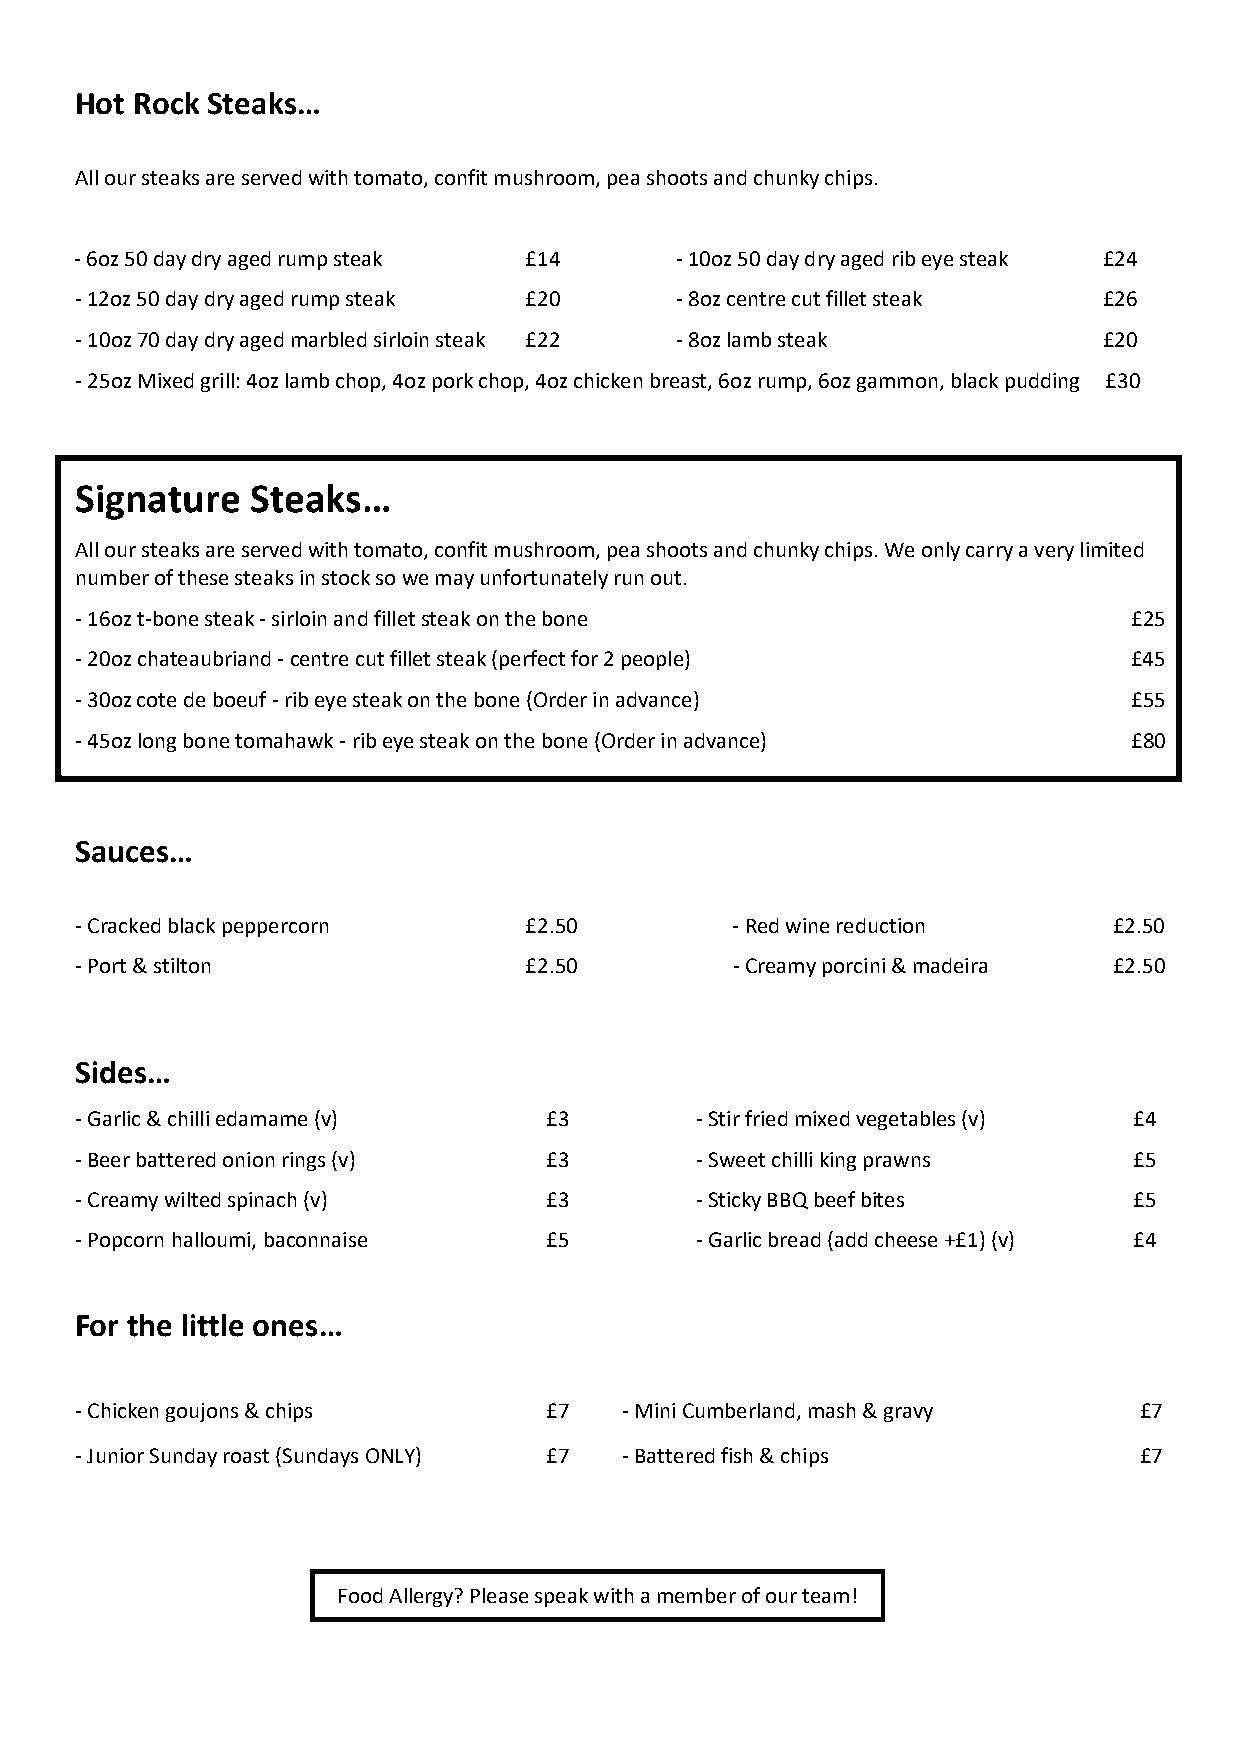
Hot Rock Steaks…
 All our steaks are served with tomato, confit mushroom, pea shoots and chunky chips.
 - 6oz 50 day dry aged rump steak £14    - 10oz 50 day dry aged rib eye steak £24
 - 12oz 50 day dry aged rump steak £20   - 8oz centre cut fillet steak £26
 - 10oz 70 day dry aged marbled sirloin steak £22 - 8oz lamb steak   £20
 - 25oz Mixed grill: 4oz lamb chop, 4oz pork chop, 4oz chicken breast, 6oz rump, 6oz gammon, black pudding £30
 Signature   Steaks…
 All our steaks are served with tomato, confit mushroom, pea shoots and chunky chips. We only carry a very limited
 number of these steaks in stock so we may unfortunately run out.
 - 16oz t-bone steak - sirloin and fillet steak on the bone            £25
 - 20oz chateaubriand - centre cut fillet steak (perfect for 2 people) £45
 - 30oz cote de boeuf - rib eye steak on the bone (Order in advance)   £55
 - 45oz long bone tomahawk - rib eye steak on the bone (Order in advance) £80
 Sauces…
 - Cracked black peppercorn    £2.50        - Red wine reduction      £2.50
 - Port & stilton              £2.50        - Creamy porcini & madeira £2.50
 Sides…
 - Garlic & chilli edamame (v)  £3        - Stir fried mixed vegetables (v) £4
 - Beer battered onion rings (v) £3       - Sweet chilli king prawns   £5
 - Creamy wilted spinach (v)    £3        - Sticky BBQ beef bites      £5
 - Popcorn halloumi, baconnaise £5        - Garlic bread (add cheese +£1) (v) £4
 For the little ones…
 - Chicken goujons & chips      £7   - Mini Cumberland, mash & gravy   £7
 - Junior Sunday roast (Sundays ONLY) £7 - Battered fish & chips       £7
 Food Allergy? Please speak with a member of our team!